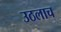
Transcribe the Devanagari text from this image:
उठलाच